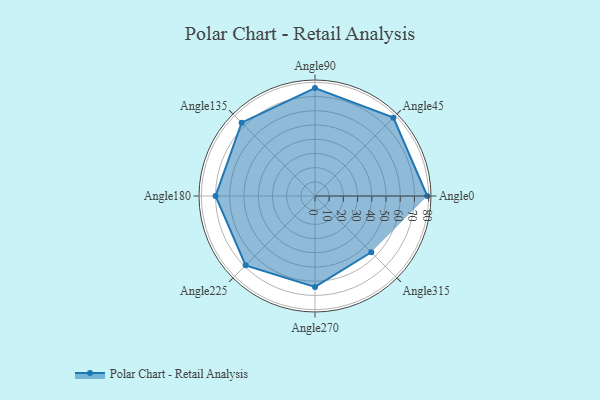
{"axis": {"x": "Angle", "y": "Radius"}, "legend": [""], "data": [{"x": "Angle0", "y": 79.0, "type": ""}, {"x": "Angle45", "y": 78.0, "type": ""}, {"x": "Angle90", "y": 76.0, "type": ""}, {"x": "Angle135", "y": 73.0, "type": ""}, {"x": "Angle180", "y": 70.0, "type": ""}, {"x": "Angle225", "y": 69.0, "type": ""}, {"x": "Angle270", "y": 64.0, "type": ""}, {"x": "Angle315", "y": 56.0, "type": ""}]}